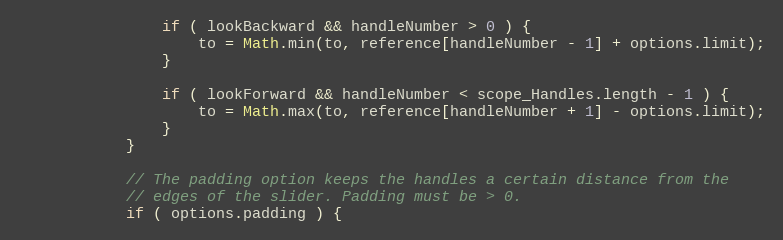
Language: JavaScript
                if ( lookBackward && handleNumber > 0 ) {
                    to = Math.min(to, reference[handleNumber - 1] + options.limit);
                }

                if ( lookForward && handleNumber < scope_Handles.length - 1 ) {
                    to = Math.max(to, reference[handleNumber + 1] - options.limit);
                }
            }

            // The padding option keeps the handles a certain distance from the
            // edges of the slider. Padding must be > 0.
            if ( options.padding ) {